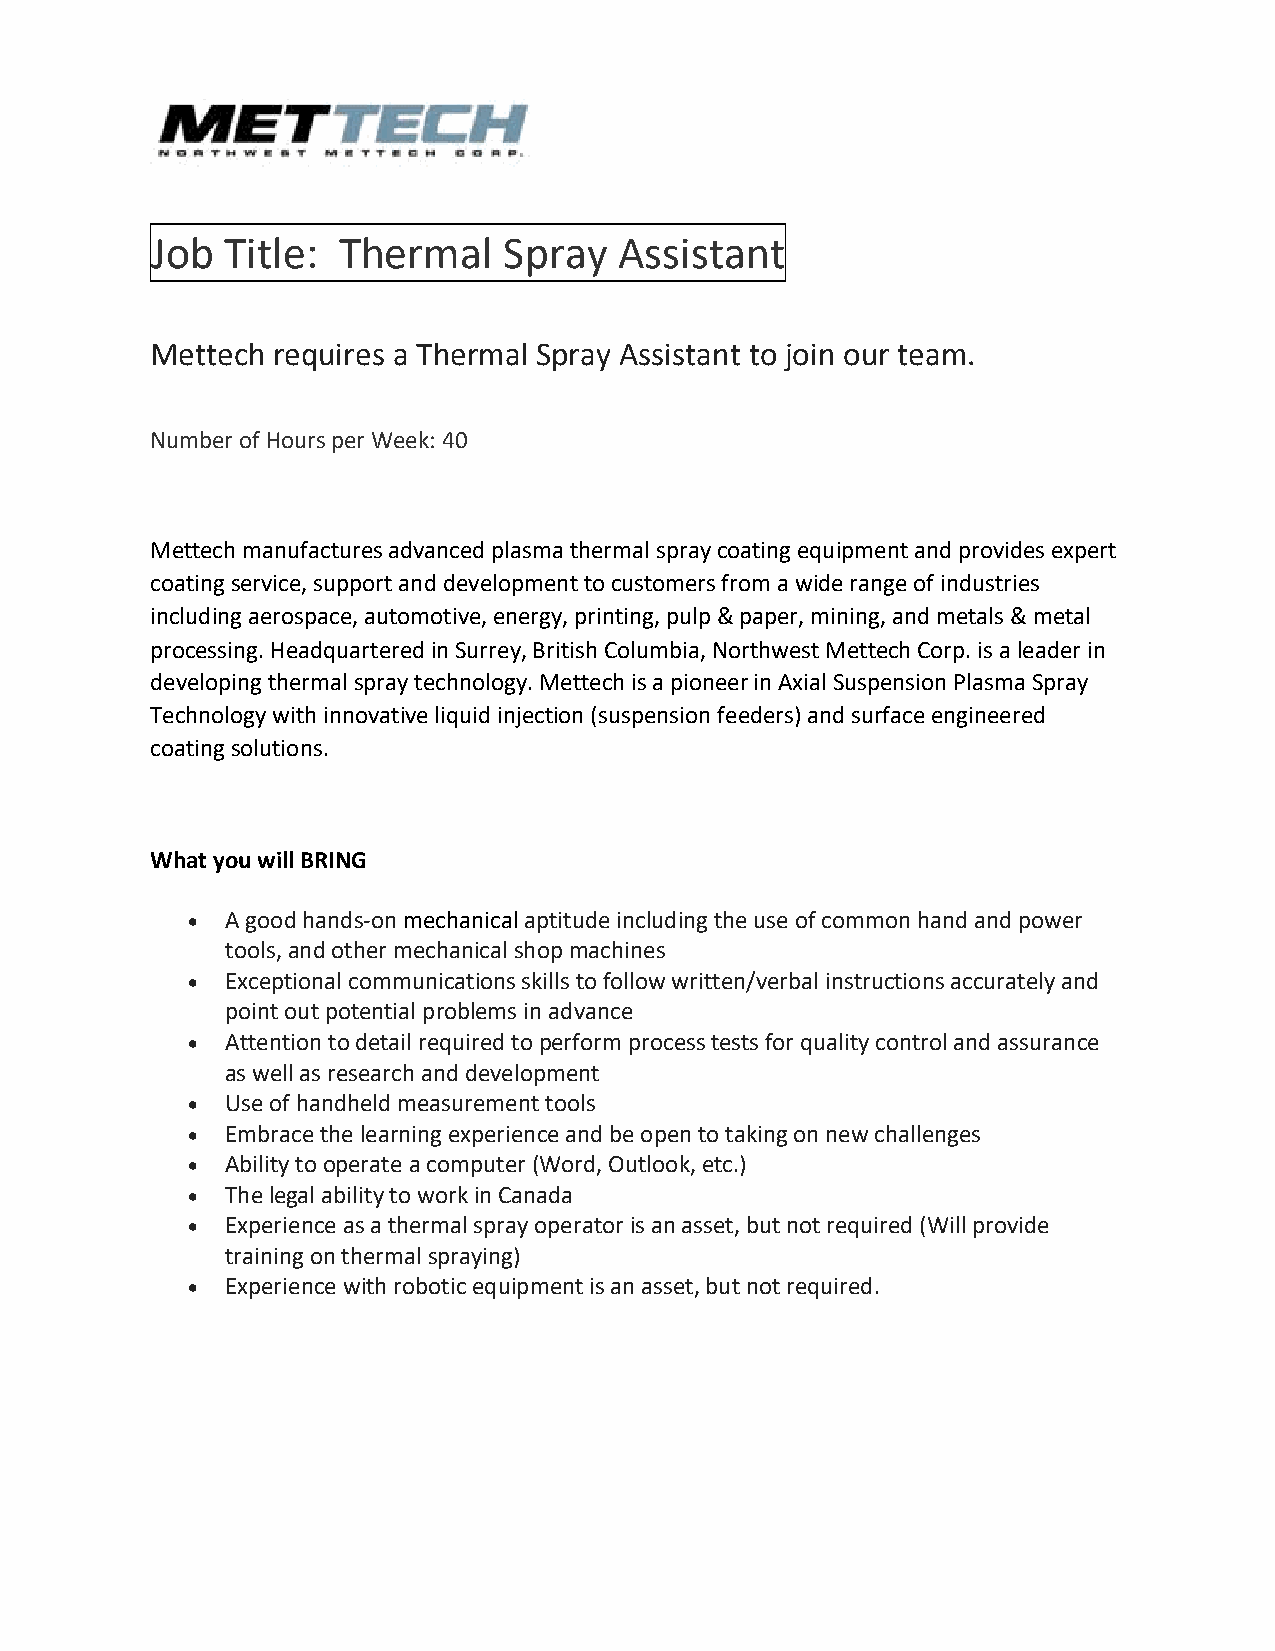
Job  Title: Thermal    Spray   Assistant
 Mettech requires a Thermal Spray Assistant to join our team.
 Number of Hours per Week: 40
 Mettech manufactures advanced plasma thermal spray coating equipment and provides expert
 coating service, support and development to customers from a wide range of industries
 including aerospace, automotive, energy, printing, pulp & paper, mining, and metals & metal
 processing. Headquartered in Surrey, British Columbia, Northwest Mettech Corp. is a leader in
 developing thermal spray technology. Mettech is a pioneer in Axial Suspension Plasma Spray
 Technology with innovative liquid injection (suspension feeders) and surface engineered
 coating solutions.
 What you will BRING
 •  A good hands-on mechanical aptitude including the use of common hand and power
 tools, and other mechanical shop machines
 •  Exceptional communications skills to follow written/verbal instructions accurately and
 point out potential problems in advance
 •  Attention to detail required to perform process tests for quality control and assurance
 as well as research and development
 •  Use of handheld measurement tools
 •  Embrace the learning experience and be open to taking on new challenges
 •  Ability to operate a computer (Word, Outlook, etc.)
 •  The legal ability to work in Canada
 •  Experience as a thermal spray operator is an asset, but not required (Will provide
 training on thermal spraying)
 •  Experience with robotic equipment is an asset, but not required.